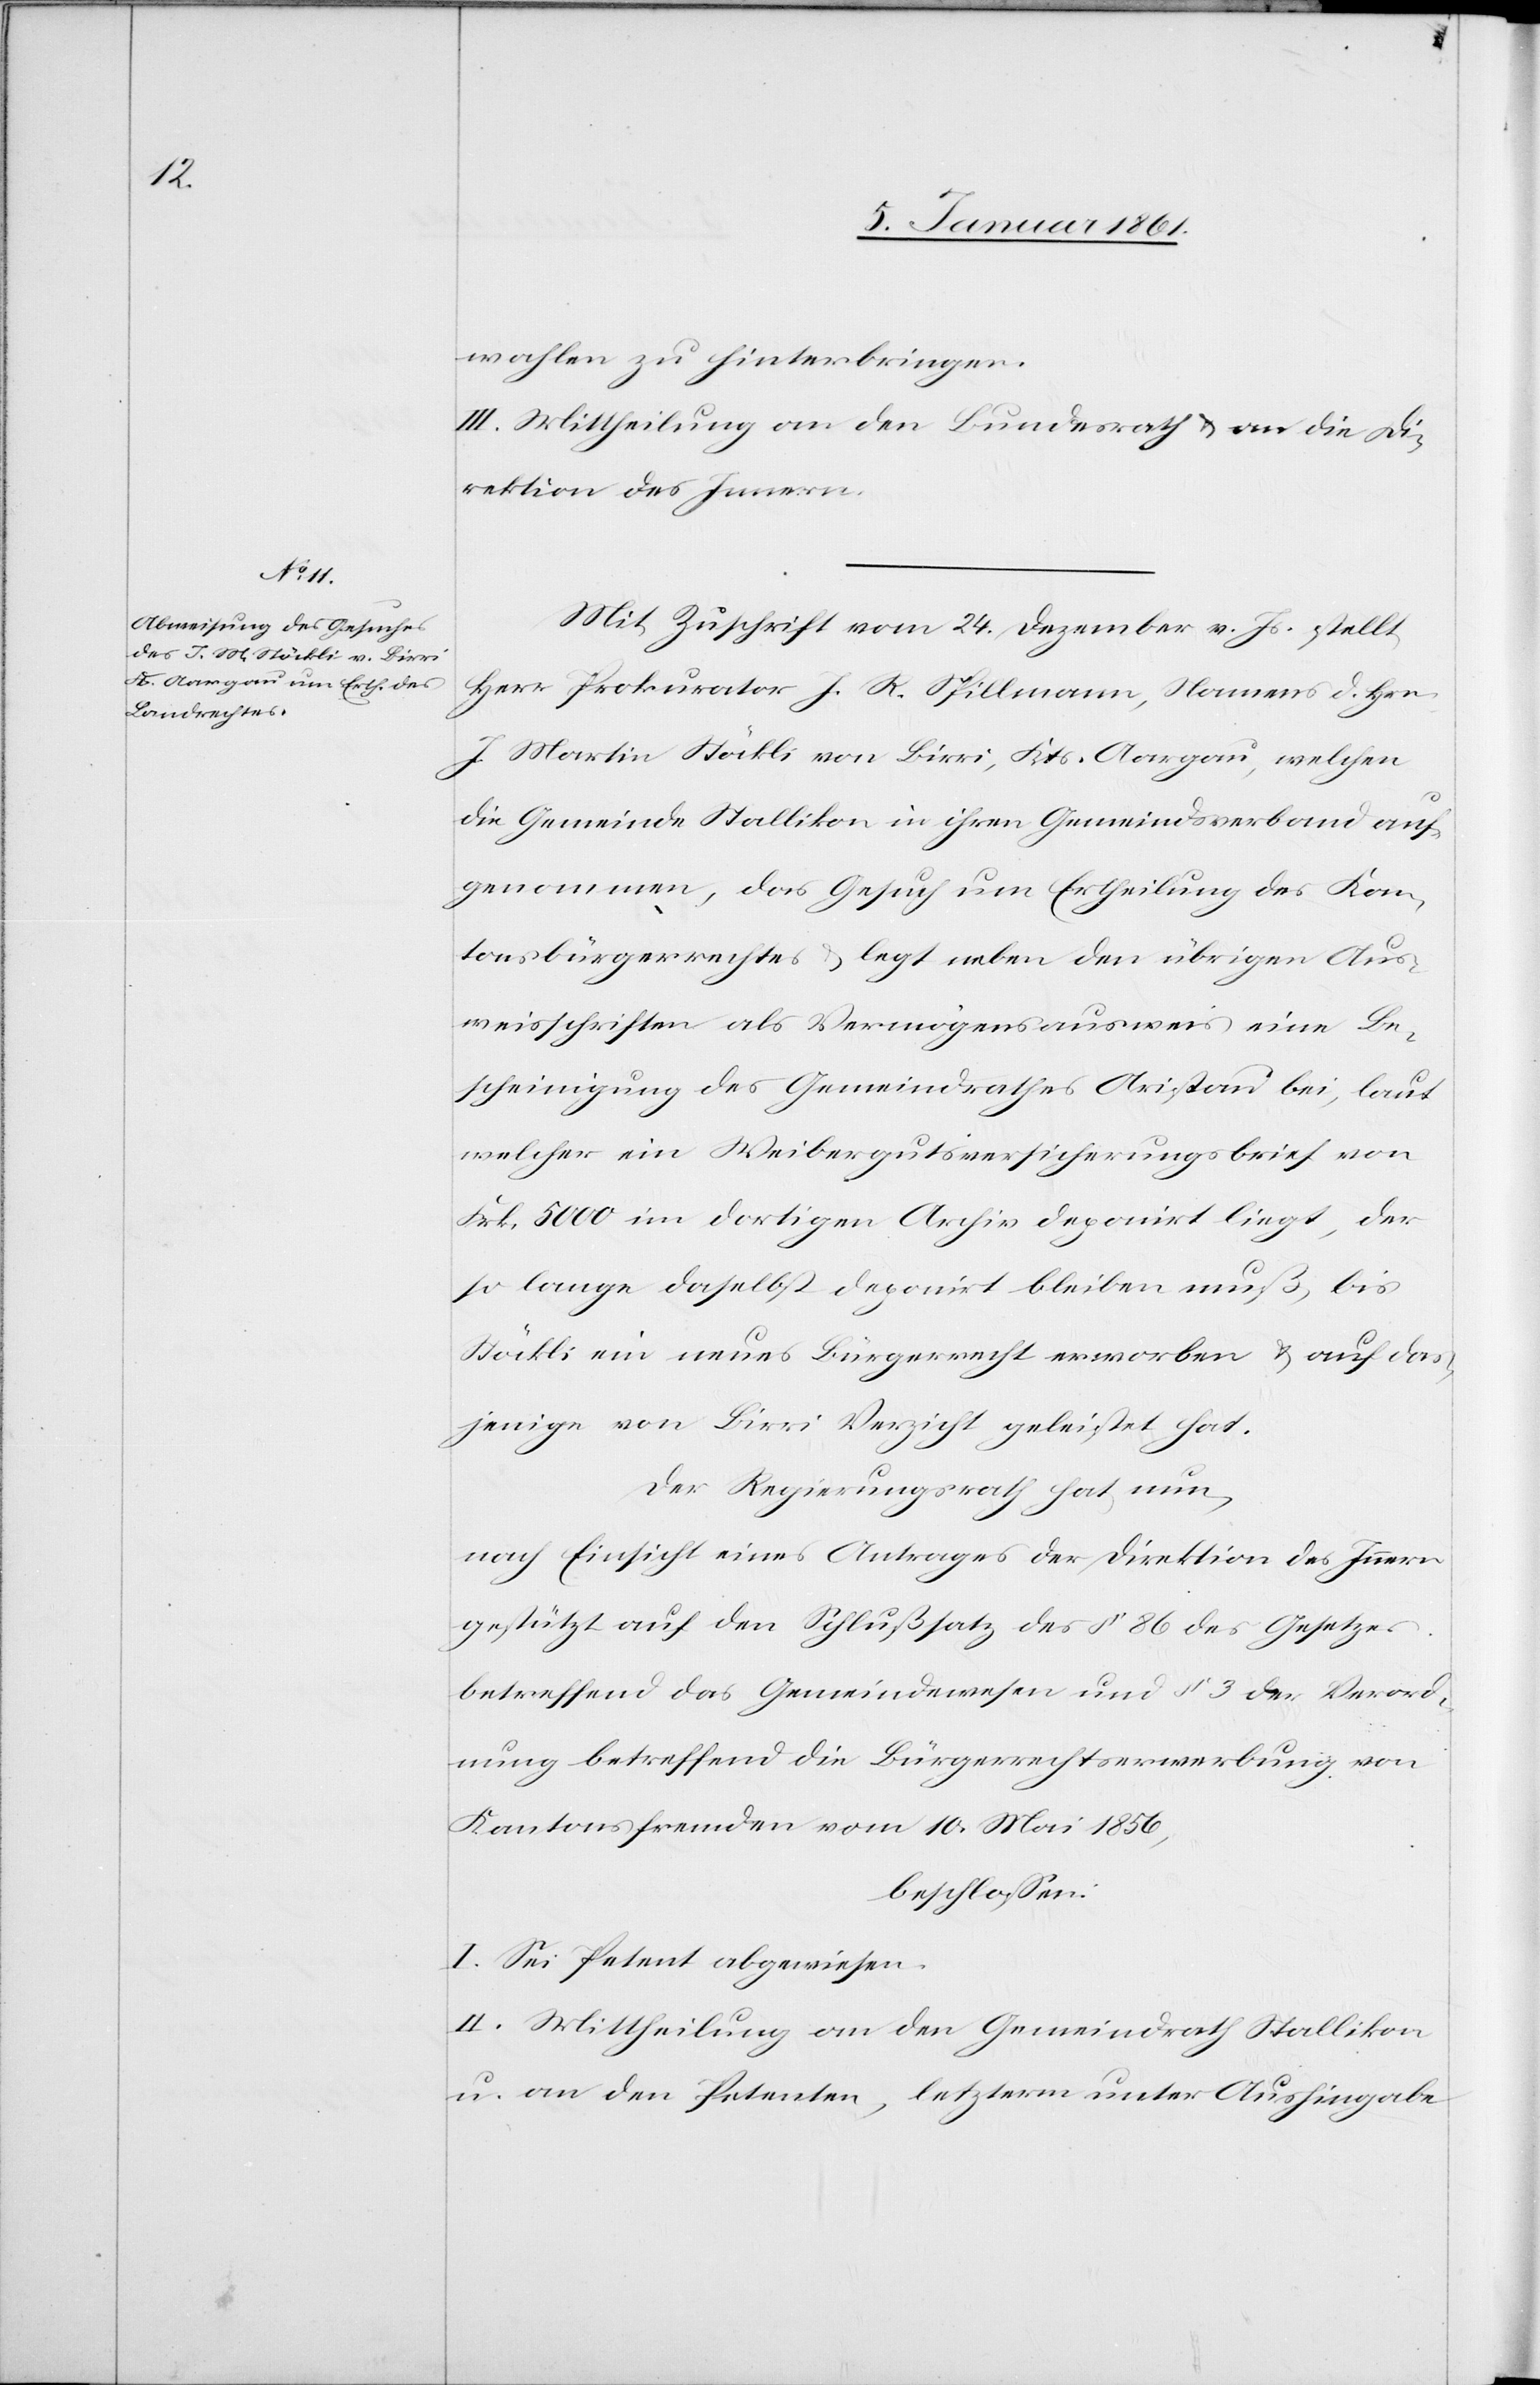
wahlen zu hinterbringen.
III. Mittheilung an den Bundesrath u. an die Di¬
rektion des Innern.
Mit Zuschrift vom 24. Dezember v. Js. stellt
Herr Prokurator J. R. Spillmann, Namens d. Hrn.
J. Martin Stöckli von Birri, Kts. Aargau, welchen
die Gemeinde Stallikon in ihren Gemeindsverband auf¬
genommen, das Gesuch um Ertheilung des Kan¬
tonsbürgerrechtes u. legt neben den übrigen Aus¬
weisschriften als Vermögensausweis eine Be¬
scheinigung des Gemeindrathes Aristau bei, laut
welcher ein Weibergutsversicherungsbrief von
Frk. 5000 im dortigen Archiv deponirt liegt, der
so lange daselbst deponirt bleiben muß, bis
Stöckli ein neues Bürgerrecht erworben u. auf das¬
jenige von Birri Verzicht geleistet hat.
Der Regierungsrath hat nun,
nach Einsicht eines Antrages der Direktion des Innern
gestützt auf den Schlußsatz des §. 86 des Gesetzes
betreffend das Gemeindewesen und §. 3 der Verord¬
nung betreffend die Bürgerrechtserwerbung von
Kantonsfremden vom 10 Mai 1856,
beschlossen:
I. Sei Petent abgewiesen.
II. Mittheilung an den Gemeindrath Stallikon
u. an den Petenten, letzterm unter Aushingabe